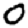
Digit: 0